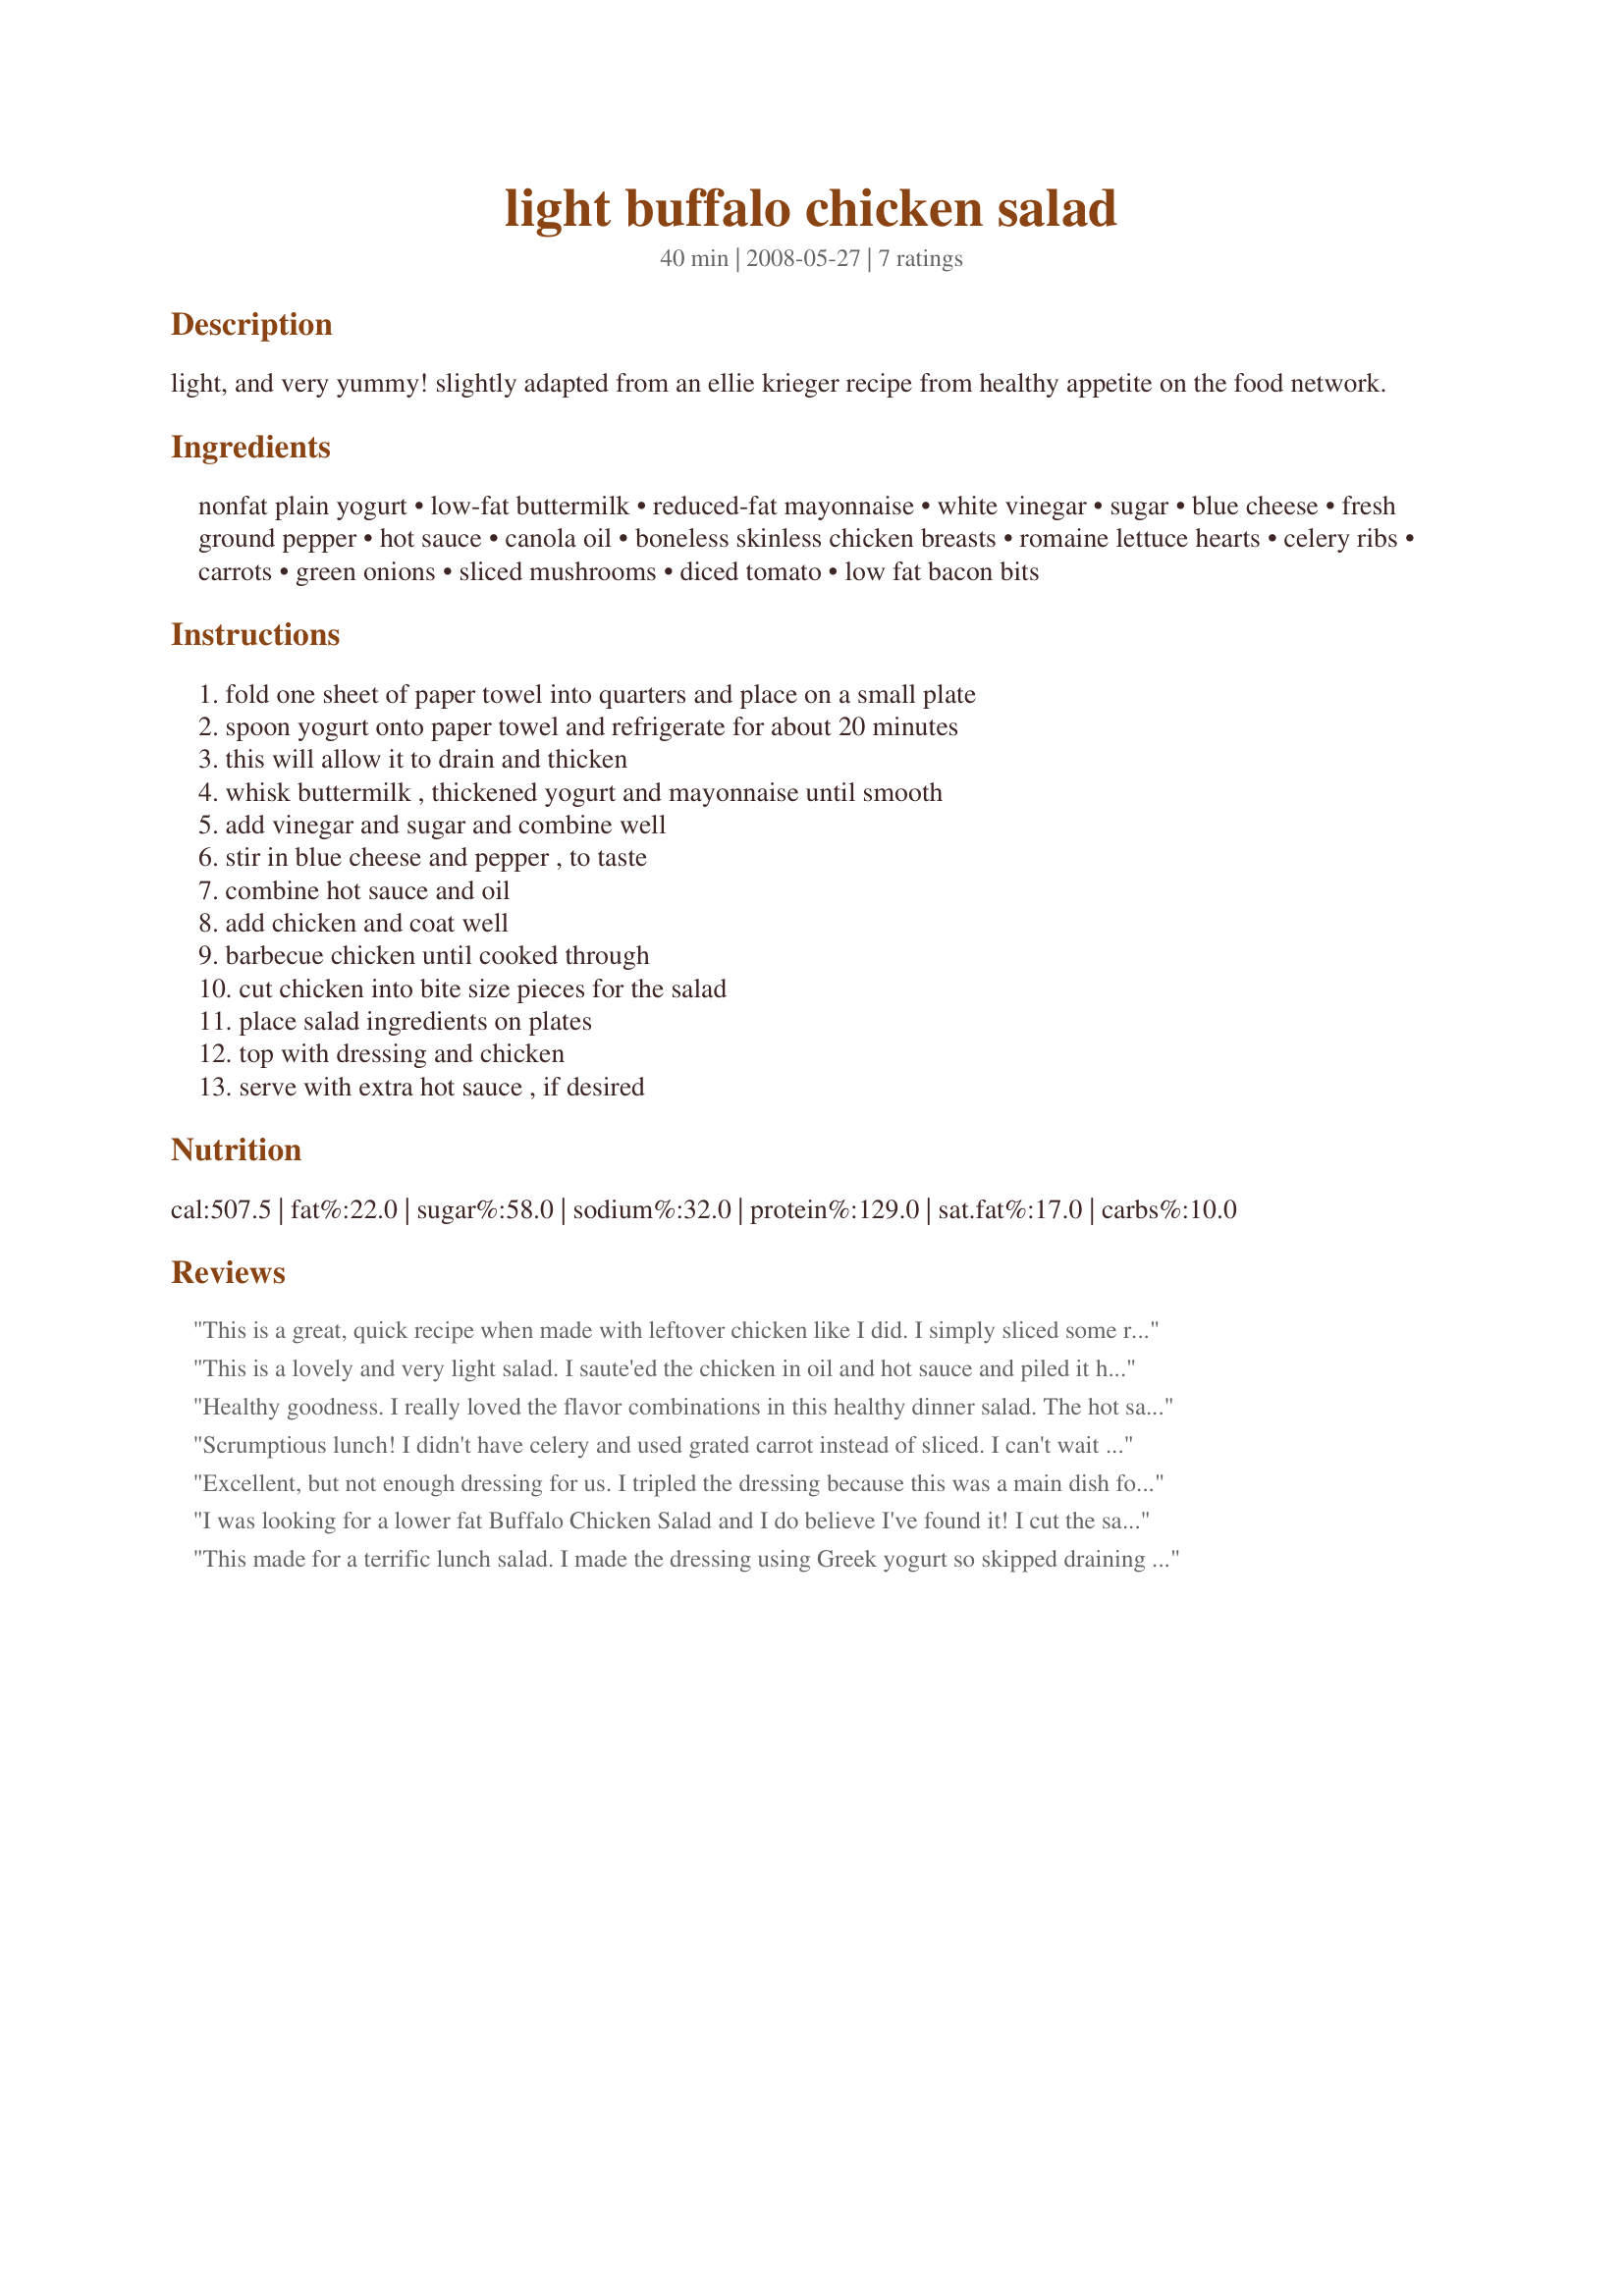
light buffalo chicken salad
Preparation time: 40 minutes

light, and very yummy! slightly adapted from an ellie krieger recipe from healthy appetite on the food network.

Ingredients:
nonfat plain yogurt, low-fat buttermilk, reduced-fat mayonnaise, white vinegar, sugar, blue cheese, fresh ground pepper, hot sauce, canola oil, boneless skinless chicken breasts, romaine lettuce hearts, celery ribs, carrots, green onions, sliced mushrooms, diced tomato, low fat bacon bits

Steps:
fold one sheet of paper towel into quarters and place on a small plate, spoon yogurt onto paper towel and refrigerate for about 20 minutes, this will allow it to drain and thicken, whisk buttermilk , thickened yogurt and mayonnaise until smooth, add vinegar and sugar and combine well, stir in blue cheese and pepper , to taste, combine hot sauce and oil, add chicken and coat well, barbecue chicken until cooked through, cut chicken into bite size pieces for the salad, place salad ingredients on plates, top with dressing and chicken, serve with extra hot sauce , if desired

Reviews:
This is a great, quick recipe when made with leftover chicken like I did. I simply sliced some roast chicken and warmed it in a skillet with the hot sauce and a bit of oil. Then served as directed except w/ grated carrots. The dressing didn't taste low-fat; I will try adding non-fat yogurt to my usual blue-cheese dressing in the future!
This is a lovely and very light salad. I saute'ed the chicken in oil and hot sauce and piled it high atop the salad to serve. This made a wonderful presentation. The dressing is very good, and you don't taste the low-fat in it. It tastes like a wonderful, full flavored dressing. I didn't use bacon bits as I had none, but sure wish I had as we feel they would go perfect with this recipe. Thanks for sharing. :)
Healthy goodness. I really loved the flavor combinations in this healthy dinner salad. The hot sauce (I used Frank&#039;s) played nicely off of the creamy/cool salad dressing. I used feta instead of blue cheese (due to an allery). Delicious, easy and healthy. Love it!
Scrumptious lunch! I didn't have celery and used grated carrot instead of sliced. I can't wait to share it with dh. Thanks for sharing the recipe!
Excellent, but not enough dressing for us. I tripled the dressing because this was a main dish for dinner. I left out the celery and carrots and went with the green onions only. I used chicken tenders and sauteed them in the oil and hot sauce and this worked out really well. Wonderful flavor in the chicken and the blue cheese dressing went great with the heat. Thanks Made for I Recommend.
I was looking for a lower fat Buffalo Chicken Salad and I do believe I've found it! I cut the salad ingredients in half and made the full amount of dressing. I used one large chicken breast (cut into bite-size pieces) and, with Maito's permission, cooked it in the recipe amount of oil with 2 T Frank's Red Hot. The sauce it makes is wonderful and spicy when adding it to the salad with the dressing. I loved it! Thanks for sharing this great salad recipe, Maito! **Made for PRMR**
This made for a terrific lunch salad. I made the dressing using Greek yogurt so skipped draining it. The dressing was wonderfully chunky and full on blue cheese flavor which is a good thing! I marinated the chicken (on skewers) for most of the day and then grilled them on a contact grill. Next time I'll chop the veggies smaller for personal preference, but other than that make no changes.
